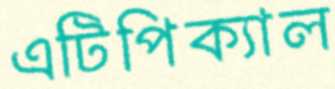
এটিপিক্যাল